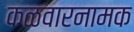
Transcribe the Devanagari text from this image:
कळवारनामक